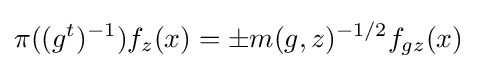
\pi ((g^{t})^{-1})f_{z}(x)=\pm m(g,z)^{-1/2}f_{gz}(x)